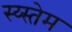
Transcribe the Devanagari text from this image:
स्य्स्तेम